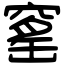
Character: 窰